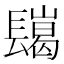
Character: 𨲲